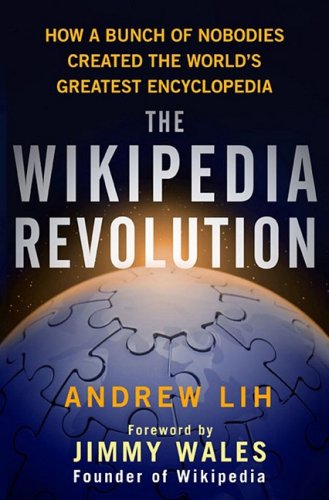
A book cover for The Wikipedia Revolution: How a Bunch of Nobodies Created the World's Greatest Encyclopedia; Andrew Lih; Computers & Technology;